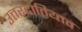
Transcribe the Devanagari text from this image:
उत्तरदातिय्तव